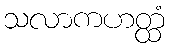
သလာကဟတ္ထံ